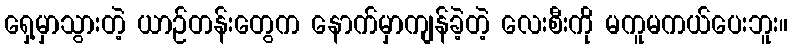
ရှေ့မှာသွားတဲ့ ယာဉ်တန်းတွေက နောက်မှာကျန်ခဲ့တဲ့ လေးစီးကို မကူမကယ်ပေးဘူး။